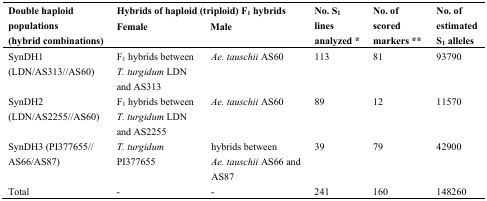
| <ROWSPAN=2> Double haploid populations (hybrid combinations) | <COLSPAN=2> Hybrids of haploid (triploid) F1 hybrids | <ROWSPAN=2> No. S1 lines analyzed * | <ROWSPAN=2> No. of scored markers ** | <ROWSPAN=2> No. of estimated S1 alleles |
 | Female | Male |
 | --- | --- | --- | --- | --- | --- |
 | SynDH1 (LDN/AS313//AS60) | F1 hybrids between T. turgidum LDN and AS313 | Ae. tauschii AS60 | 113 | 81 | 93790 |
 | SynDH2 (LDN/AS2255//AS60) | F1 hybrids between T. turgidum LDN and AS2255 | Ae. tauschii AS60 | 89 | 12 | 11570 |
 | SynDH3 (PI377655//AS66/AS87) | T. turgidumPI377655 | hybrids between Ae. tauschii AS66 and AS87 | 39 | 79 | 42900 |
 | Total | - | - | 241 | 160 | 148260 |